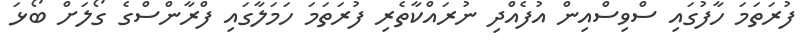
ފުރަތަމަ ހާފުގައި ސްވިސްއިން އުފެއްދި ނުރައްކާތެރި ފުރަތަމަ ހަމަލާގައި ފްރާންސްގެ ގޯލަށް ބޯޅަ